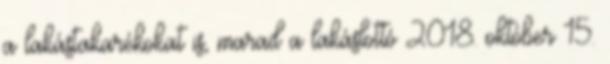
a lakástakarékokat is, marad a lakáslottó 2018. október 15.